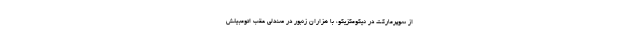
از سوپرمارکت در نیکومکزیکو، با هزاران زنبور در صندلی عقب اتومبیلش